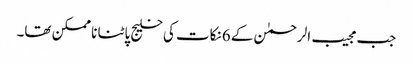
جب مجیب الرحمٰن کے 6نکات کی خلیج پاٹنا نا ممکن تھا۔